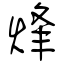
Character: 烽